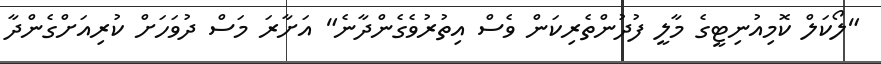
"ލޯކަލް ކޮމިއުނިޓީގެ މާލީ ފުދުންތެރިކަން ވެސް އިތުރުވެގެންދާނެ" އަށާރަ މަސް ދުވަހަށް ކުރިއަށްގެންދާ